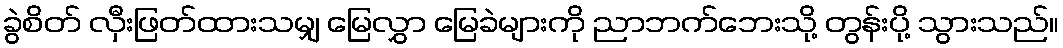
ခွဲစိတ် လှီးဖြတ်ထားသမျှ မြေလွှာ မြေခဲများကို ညာဘက်ဘေးသို့ တွန်းပို့ သွားသည်။